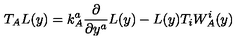
T _ { A } L ( y ) = k _ { A } ^ { a } \frac { \partial } { \partial y ^ { a } } L ( y ) - L ( y ) T _ { i } W _ { A } ^ { i } ( y )